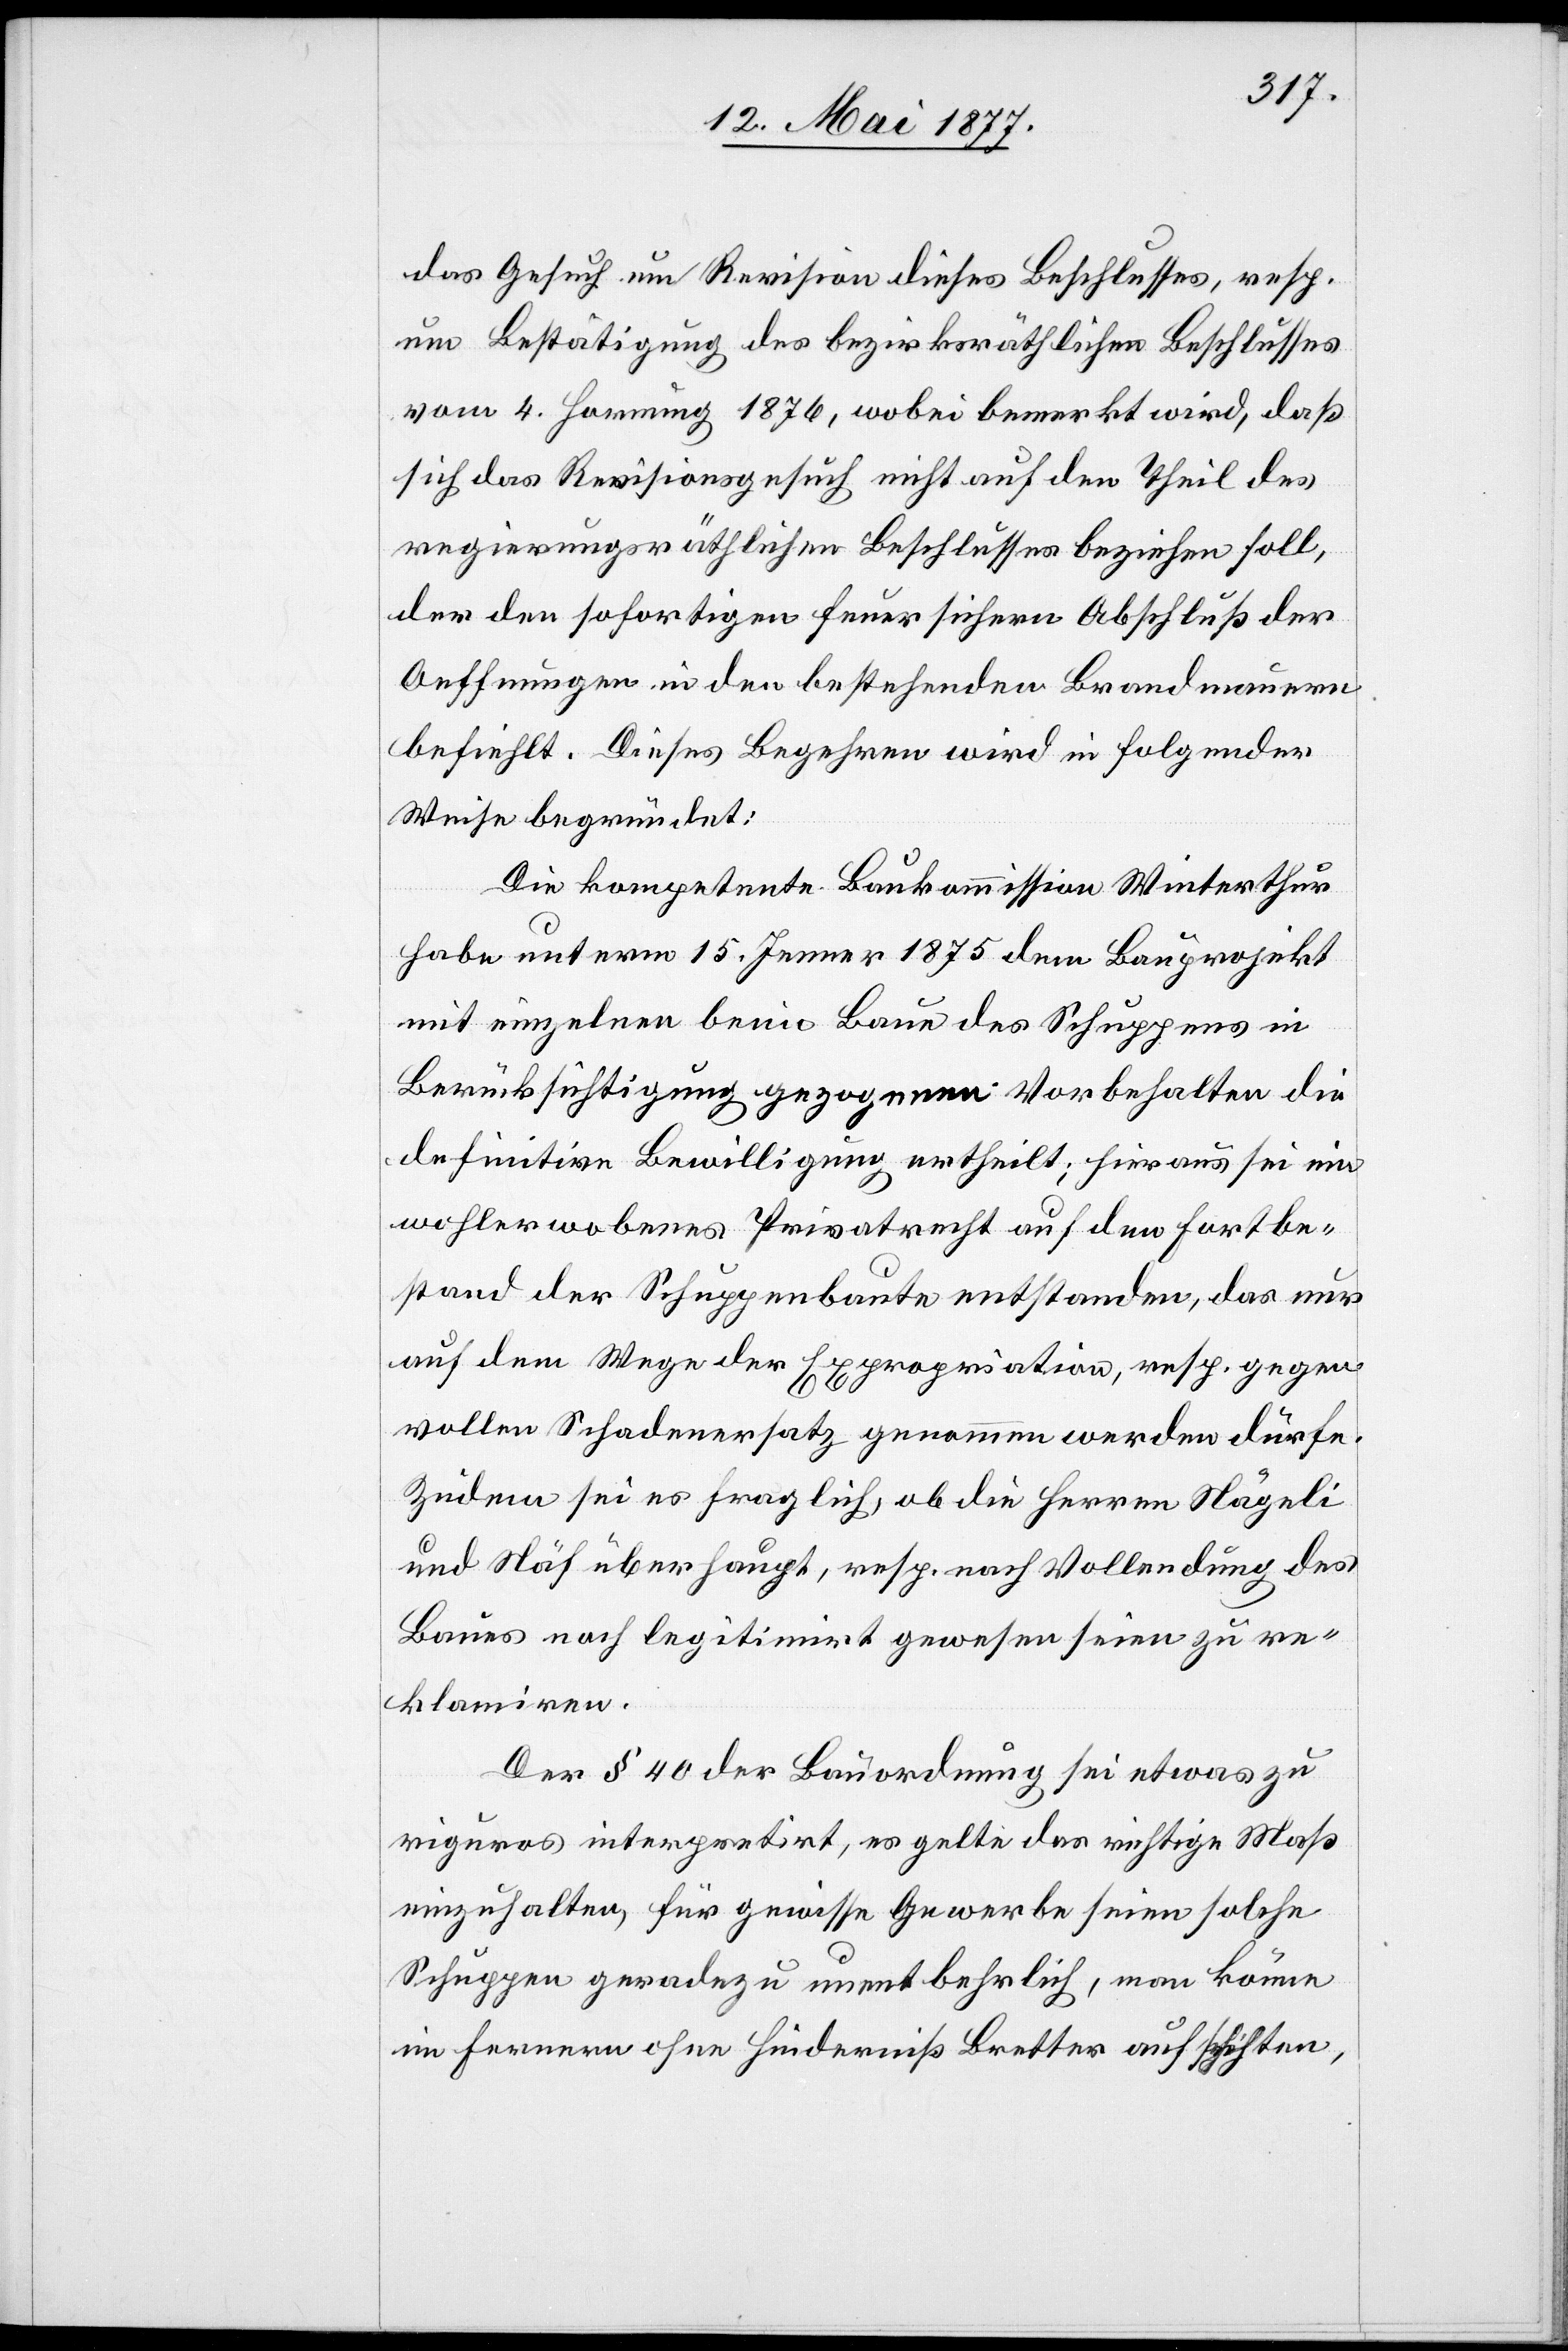
das Gesuch um Revision dieses Beschlusses, resp.
um Bestätigung des bezirksräthlichen Beschlusses
vom 4. Hornung 1876, wobei bemerkt wird, daß
sich das Revisionsgesuch nicht auf den Theil des
regierungsräthlichen Beschlusses beziehen soll,
der den sofortigen feuersichern Abschluß der
Oeffnungen in den bestehenden Brandmauern
befiehlt. Dieses Begehren wird in folgender
Weise begründet:
Die kompetente Baukommission Winterthur
habe unterm 15. Jenner 1875 dem Bauprojekt
mit einzelnen beim Baue des Schuppens in
Berücksichtigung gezogenen Vorbehalten die
definitive Bewilligung ertheilt; hieraus sei ein
wohlerworbenes Privatrecht auf den Fortbe¬
stand der Schuppenbaute entstanden, das nur
auf dem Wege der Expropriation, resp. gegen
vollen Schadenersatz genommen werden dürfe.
Zudem sei es fraglich, ob die Herren Nägeli
und Näf überhaupt, resp. nach Vollendung des
Baues noch legitimirt gewesen seien zu re¬
klamiren.
Der § 40 der Bauordnung sei etwas zu
riguros [sic!] interpretirt, es gelte das richtige Maß
einzuhalten, für gewisse Gewerbe seien solche
Schuppen geradezu unentbehrlich, man könne
im Fernern ohne Hinderniß Bretter aufschichten,